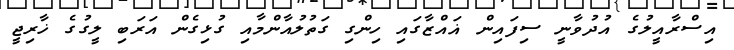
އިސްރާއީލުގެ އުދުވާނީ ސިފައިން ޣައްޒާގައި ހިންގި ގަތުލުއާންމާއި ގުޅިގެން އަރަބި ލީގުގެ ޚާރިޖީ